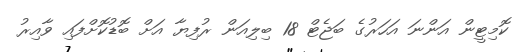
ކޮމިޓީން އަންނަ އަހަރުގެ ބަޖެޓް 18 ބިލިއަން ރުފިޔާ އަށް ބޮޑުކޮށްފައި ވާއިރު